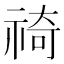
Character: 䄎